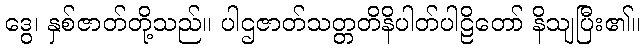
ဒွေ၊ နှစ်ဇာတ်တို့သည်။ ပါဌဇာတ်သတ္တတိနိပါတ်ပါဠိတော် နိသျပြီး၏။